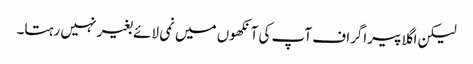
لیکن اگلا پیراگراف آپ کی آنکھوں میں نمی لائے بغیر نہیں رہتا۔